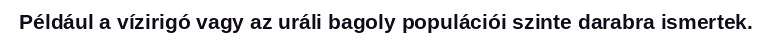
Például a vízirigó vagy az uráli bagoly populációi szinte darabra ismertek.